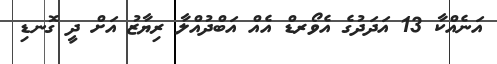
އަނެއްކާ 13 އަދަަދުގެ އެވޯރޑް އެއް އަބްދުއްލާ ރިޔާޒު އަށް ދީ ގޮނޑި